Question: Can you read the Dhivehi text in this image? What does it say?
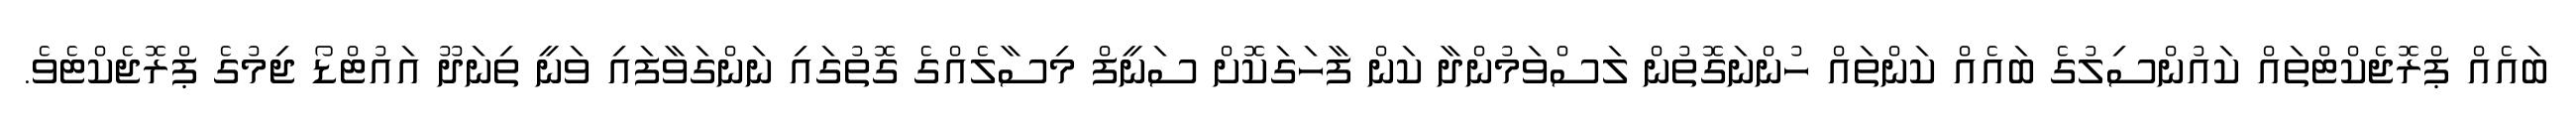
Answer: ބައެއް ޕްރޮޖެކްޓްތައް ކައުންސިލުގެ ބައެއް ކަންތައް ހުންނަގޮތުން ލަސްވަމުންދާ ކަން ފާހަގަކޮށް ސަނީފް މިސާލެއްގެ ގޮތުގައި ނަންގަވާފައި ވަނީ ތިނަދޫ އައުޓްޑޯ ޖިމުގެ ޕްރޮޖެކްޓެވެ.